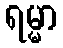
ရမ္မာ